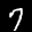
Label: 7